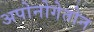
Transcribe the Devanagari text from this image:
अपोनोगेतोन